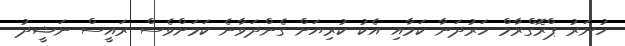
ހުނަރު ޕްރޮގްރާމް ހަރުދަނާ ކަމާއި އެކު ކުރިޔަށް ގެންދަވާނެ ކަމަށްވެސް ރައީސް ނަޝީދު